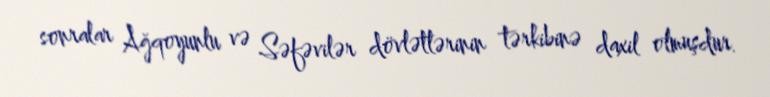
sonralar Ağqoyunlu və Səfəvilər dövlətlərinin tərkibinə daxil olmuşdur.